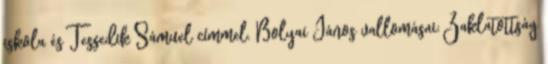
iskola és Tessedik Sámuel címmel. Bolyai János vallomásai: Zaklatottság